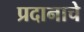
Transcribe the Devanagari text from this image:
प्रदानाचे